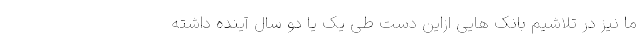
ما نیز در تلاشیم بانک هایی ازاین دست طی یک یا دو سال آینده داشته